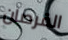
القرصان